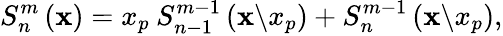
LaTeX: S_{n}^{m}\left(\mathbf{x}\right)=x_{p}\: S_{n-1}^{m-1}\left(\mathbf{x}\backslash x_{p}\right)+S_{n}^{m-1}\left(\mathbf{x}\backslash x_{p}\right),